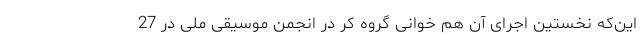
این‌که نخستین اجرای آن هم خوانی گروه کُر در انجمن موسیقی ملی در 27